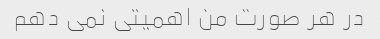
در هر صورت من اهمیتی نمی دهم